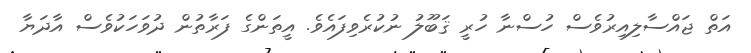
އަތް ޖައްސާލިއިރުވެސް ހުސްނާ ހުރީ ޤަބޫލު ނުކުރެވިފައެވެ. އީތަންގެ ފަރާތުން ދުވަހަކުވެސް އާދަޔާ